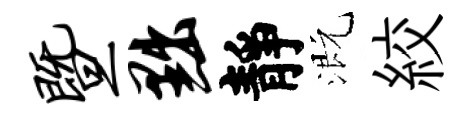
暨黜靜溉絞